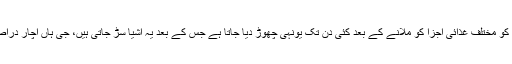
قدرتی طریقے سے تیار کیے جانے والے اچار کو مختلف غذائی اجزا کو ملانے کے بعد کئی دن تک یونہی چھوڑ دیا جاتا ہے جس کے بعد یہ اشیا سڑ جاتی ہیں، جی ہاں اچار دراصل باسی اور سڑ جانے والی اشیا کا مرکب ہے۔